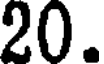
20.